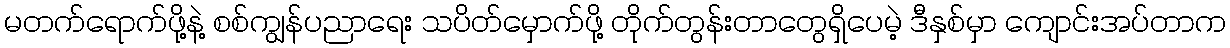
မတက်ရောက်ဖို့နဲ့ စစ်ကျွန်ပညာရေး သပိတ်မှောက်ဖို့ တိုက်တွန်းတာတွေရှိပေမဲ့ ဒီနှစ်မှာ ကျောင်းအပ်တာက